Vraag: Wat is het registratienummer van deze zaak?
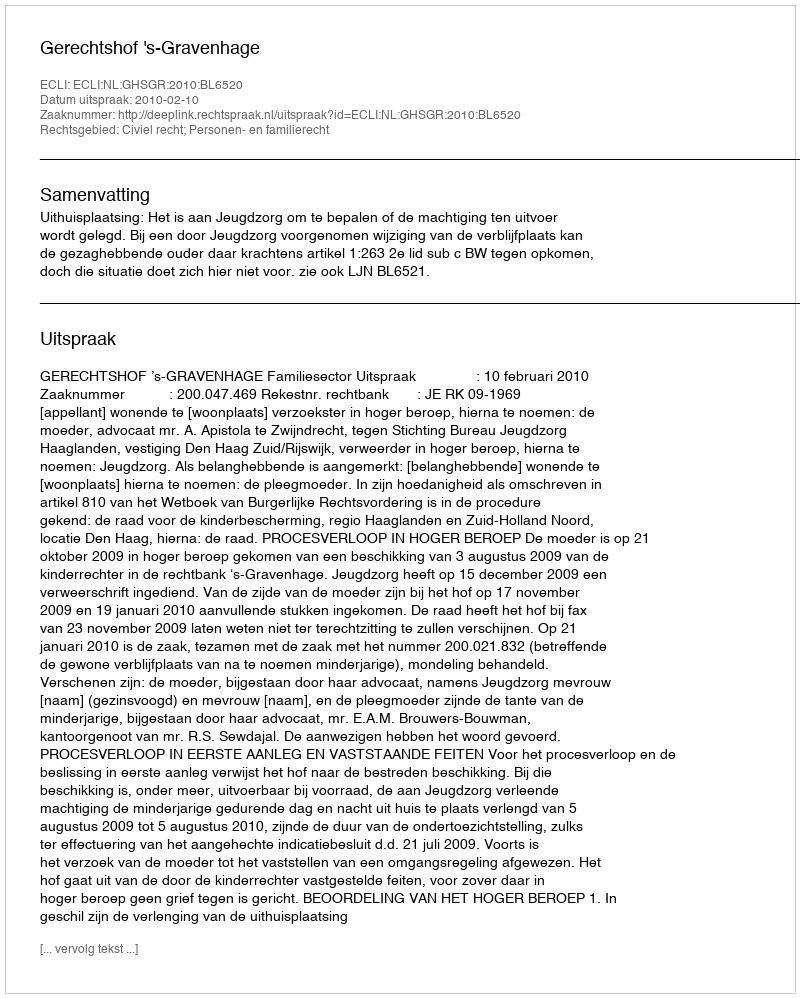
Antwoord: http://deeplink.rechtspraak.nl/uitspraak?id=ECLI:NL:GHSGR:2010:BL6520